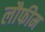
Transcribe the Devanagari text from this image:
लौफीम